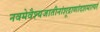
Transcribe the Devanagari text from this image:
नवमेवैश्यजातीनांशूद्राणांदशमात्परं